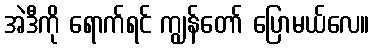
အဲဒီကို ရောက်ရင် ကျွန်တော် ပြောမယ်လေ။